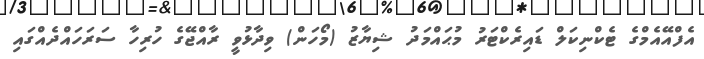
އެފްއޭއެމްގެ ޓެކްނިކަލް ޑައިރެކްޓަރު މުޙައްމަދު ޝިޔާޒު (މޯހަން) ވިދާޅުވީ ރާއްޖޭގެ ހުރިހާ ސަރަހައްދެއްގައި